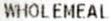
WHOLEMEAL